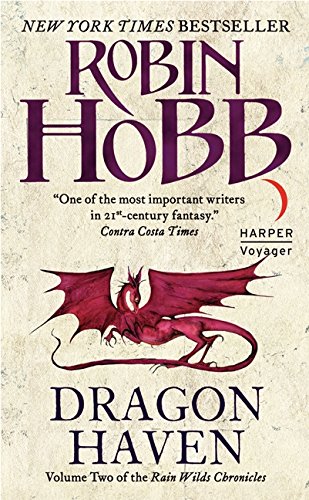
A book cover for Dragon Haven (Rain Wilds Chronicles, Vol. 2); Robin Hobb; Science Fiction & Fantasy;